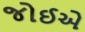
જોઈએ